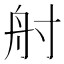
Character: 𡬫